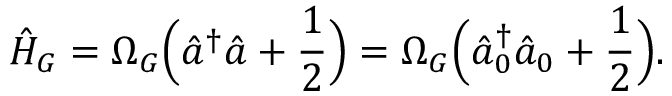
\hat { H } _ { G } = \Omega _ { G } \Bigl ( \hat { a } ^ { \dagger } \hat { a } + \frac { 1 } { 2 } \Bigr ) = \Omega _ { G } \Bigl ( \hat { a } _ { 0 } ^ { \dagger } \hat { a } _ { 0 } + \frac { 1 } { 2 } \Bigr ) .